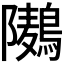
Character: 𮭏